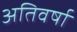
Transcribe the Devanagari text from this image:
अतिवर्षा